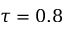
\tau = 0 . 8